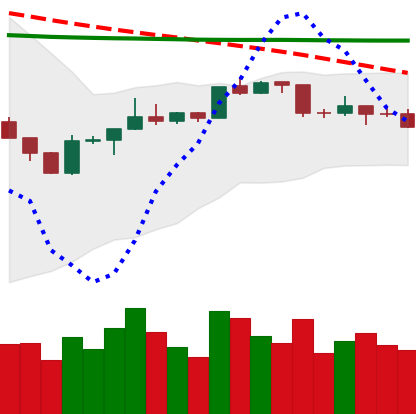
Ticker: BTC-USD
Chart end date: 2020-04-15
Forward return: 3.611%
Label: up_3_5